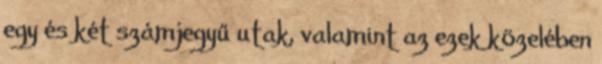
egy és két számjegyű utak, valamint az ezek közelében